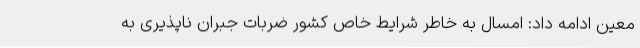
معین ادامه داد: امسال به خاطر شرایط خاص کشور ضربات جبران ناپذیری به